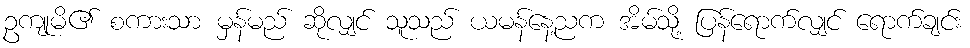
ဥကျုမိ၏ စကားသာ မှန်မည် ဆိုလျှင် သူသည် ယမန်နေ့ညက အိမ်သို့ ပြန်ရောက်လျှင် ရောက်ချင်း